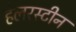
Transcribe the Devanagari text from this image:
हेलरस्टीन